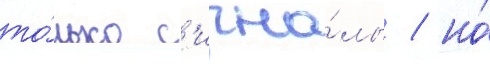
то́лько с'игна́лы / но́